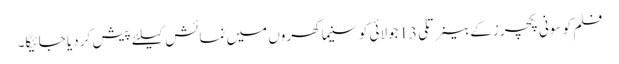
فلم کو سونی پکچرز کے بینر تلی13جولائی کوسنیما گھروں میں نمائش کیلئے پیش کر دیا جائیگا۔